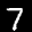
Label: 7